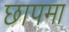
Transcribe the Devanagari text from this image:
छापमा